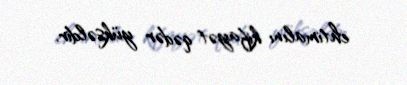
ehtimalını kifayət qədər yüksəldir.